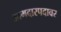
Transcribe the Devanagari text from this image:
आमदारपदावर